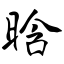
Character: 晗